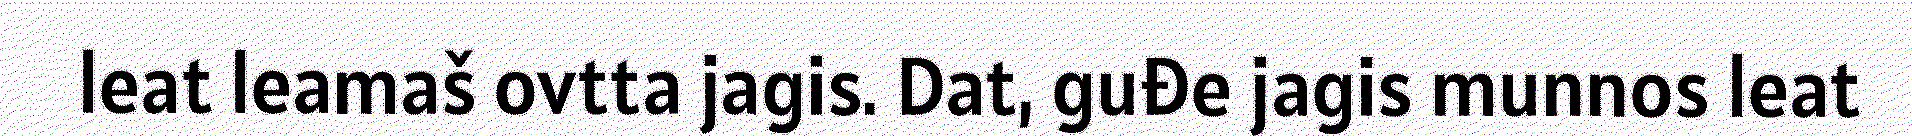
leat leamaš ovtta jagis. Dat, guđe jagis munnos leat